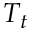
T _ { t }